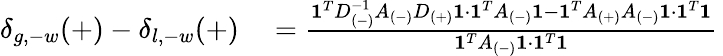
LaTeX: \begin{array}{rl}{\delta_{g,-w}(+)-\delta_{l,-w}(+)}&{{}=\frac{\mathbf{1}^{T}D_{(-)}^{-1}A_{(-)}D_{(+)}\mathbf{1}\cdot\mathbf{1}^{T}A_{(-)}\mathbf{1}-\mathbf{1}^{T}A_{(+)}A_{(-)}\mathbf{1}\cdot\mathbf{1}^{T}\mathbf{1}}{\mathbf{1}^{T}A_{(-)}\mathbf{1}\cdot\mathbf{1}^{T}\mathbf{1}}\, }\end{array}